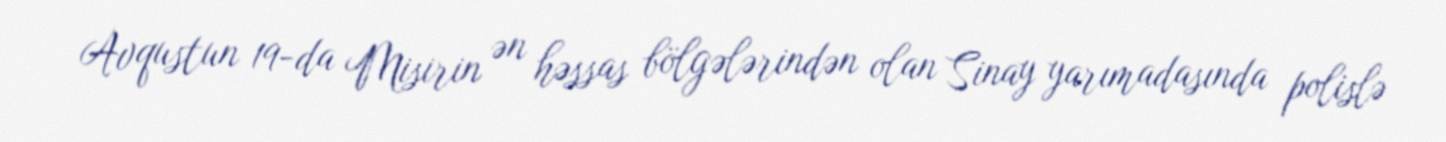
Avqustun 19-da Misirin ən həssas bölgələrindən olan Sinay yarımadasında polislə